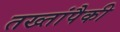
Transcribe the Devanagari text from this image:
तख्तांपैकी